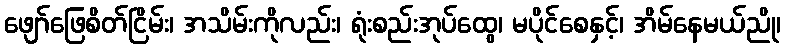
ဖျော်ဖြေစိတ်ငြိမ်း၊ အသိမ်းကိုလည်း၊ ရုံးစည်းအုပ်ထွေ၊ မပိုင်စေနှင့်၊ အိမ်နေမယ်ညို၊